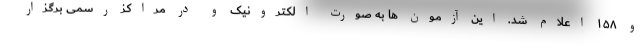
و ۱۵۸ اعلام شد. این آزمون ها به صورت الکترونیک و در مراکز رسمی برگزار